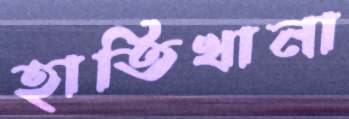
হাতিখানা